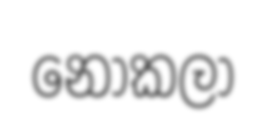
නොකලා